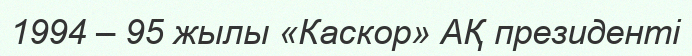
1994 – 95 жылы «Каскор» АҚ президенті